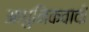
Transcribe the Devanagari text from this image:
आधुनिकवादी